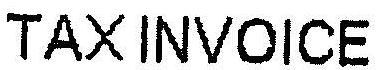
TAX INVOICE